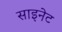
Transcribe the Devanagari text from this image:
साइनेट